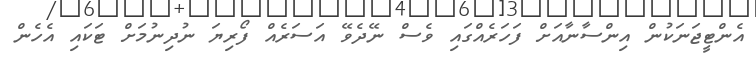
އެންޓީޖަނަކުން އިންސާނާއަށް ފަހަރެއްގައި ވެސް ނޭދެވޭ އަސަރެއް ފޯރިޔަ ނުދިނުމަށް ޓަކައި އެހެން